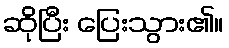
ဆိုပြီး ပြေးသွား၏။